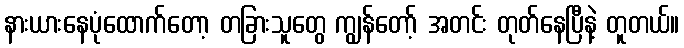
နားယားနေပုံထောက်တော့ တခြားသူတွေ ကျွန်တော့် အတင်း တုတ်နေပြီနဲ့ တူတယ်။